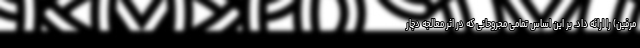
مرفین) را ارائه داد. بر این اساس تمامی مجروحانی که در اثر معالجه دچار